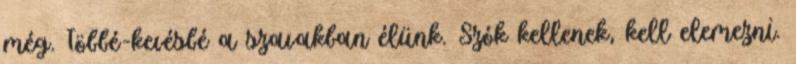
még. Többé-kevésbé a szavakban élünk. Szók kellenek, kell elemezni.